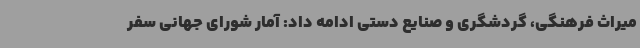
میراث فرهنگی، گردشگری و صنایع دستی ادامه داد: آمار شورای جهانی سفر